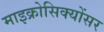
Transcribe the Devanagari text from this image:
माइक्रोसिक्योंसर